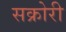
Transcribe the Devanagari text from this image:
सक्रोरी